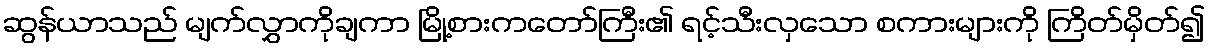
ဆွန်ယာသည် မျက်လွှာကိုချကာ မြို့စားကတော်ကြီး၏ ရင့်သီးလှသော စကားများကို ကြိတ်မှိတ်၍